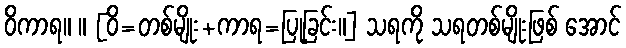
ဝိကာရ။ ။ [ဝိ=တစ်မျိုး+ကာရ=ပြုခြင်း။] သရကို သရတစ်မျိုးဖြစ် အောင်